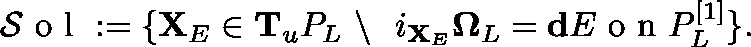
\mathcal { S } \mathrm { ~ o ~ l ~ } : = \{ \mathbf { X } _ { E } \in \mathbf { T } _ { \mathfrak { u } } \mathbb { P } _ { L } \ \backslash \ \ i _ { \mathbf { X } _ { E } } \mathbf { \Omega } _ { L } = \mathbf { d } E \mathrm { ~ o ~ n ~ } \mathbb { P } _ { L } ^ { [ 1 ] } \} .